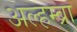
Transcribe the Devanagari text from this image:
अल्हम्ब्रा